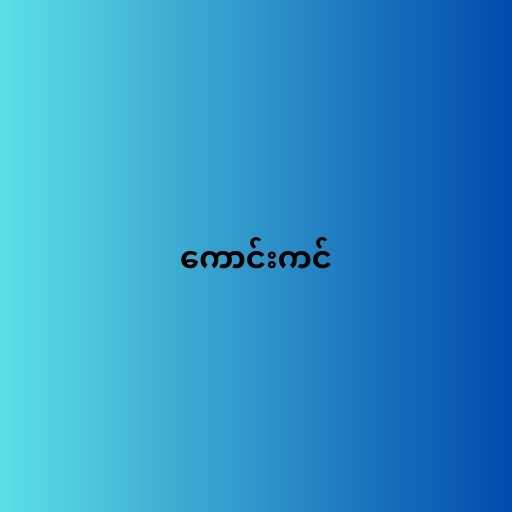
ကောင်းကင်